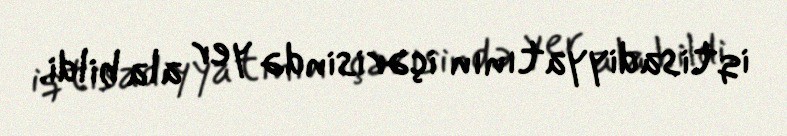
iqtisadiyyatının içərisində yer ala bildi.